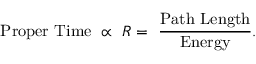
\mathrm { P r o p e r ~ T i m e } ~ \propto ~ R = ~ \mathrm { \frac { P a t h ~ L e n g t h } { E n e r g y } } .